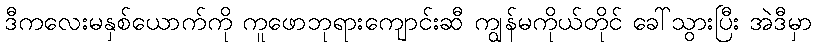
ဒီကလေးမနှစ်ယောက်ကို ကူဖောဘုရားကျောင်းဆီ ကျွန်မကိုယ်တိုင် ခေါ်သွားပြီး အဲဒီမှာ